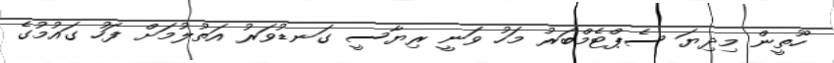
ހޫތީން މިދިޔަ ސެޕްޓެމްބަރު މަހު ވަނީ ރިޔާސީ ގަނޑުވަރު އަތުލުމަށް ފަހު ގައުމުގެ